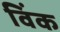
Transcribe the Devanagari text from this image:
विंक